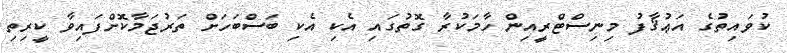
ކުވައިތުގެ އަޢުޤާފު މިނިސްޓްރީއިން ހާމަކުރާ ގޮތުގައި އެކި އެކި ބަސްބަހަށް ތަރުޖަމާކޮށްފައިވާ ކީރިތި